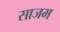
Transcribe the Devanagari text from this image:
साजम